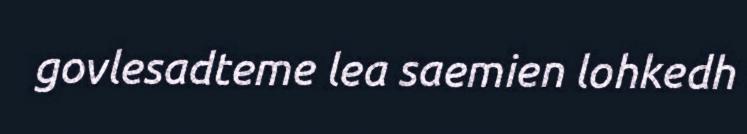
govlesadteme lea saemien lohkedh